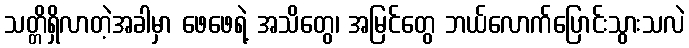
သတ္တိရှိလာတဲ့အခါမှာ ဖေဖေရဲ့ အသိတွေ၊ အမြင်တွေ ဘယ်လောက်ပြောင်းသွားသလဲ